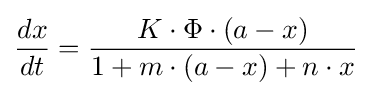
{\frac {dx}{dt}}={\frac {K\cdot \Phi \cdot (a-x)}{1+m\cdot (a-x)+n\cdot x}}